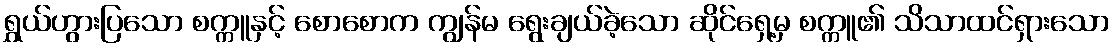
ရွှယ်ဟွားပြသော စက္ကူနှင့် စောစောက ကျွန်မ ရွေးချယ်ခဲ့သော ဆိုင်ရှေ့မှ စက္ကူ၏ သိသာထင်ရှားသော